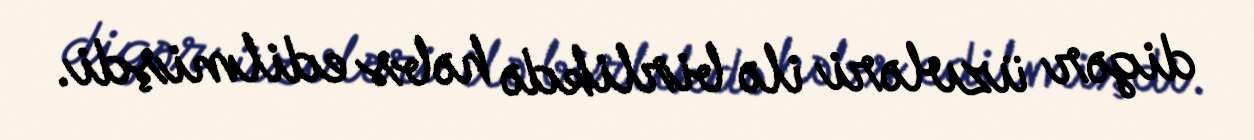
digər üzvləri ilə birlikdə həbs edilmişdi.